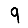
Digit: 9